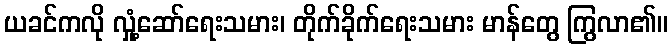
ယခင်ကလို လှုံ့ဆော်ရေးသမား၊ တိုက်ခိုက်ရေးသမား မာန်တွေ ကြွလာ၏။